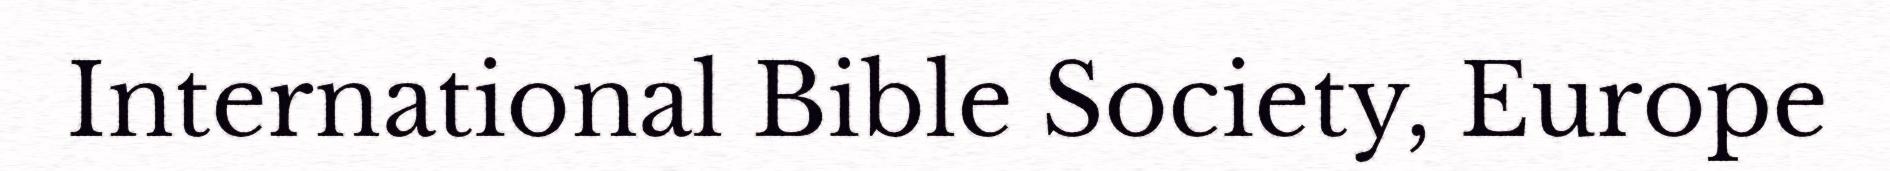
International Bible Society, Europe